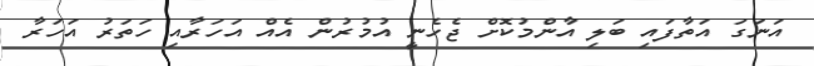
އަނަގަ އަތާފައި ބަލި އާންމުކޮށް ޖެހެނީ އުމުރުން އެއް އަހަރާއި ހަތަރު އަހަރާ